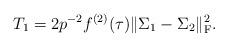
LaTeX: \begin{align*}T_1=2p^{-2}f^{(2)}(\tau)\|\Sigma_1-\Sigma_2\|_{\rm F}^2. \end{align*}